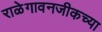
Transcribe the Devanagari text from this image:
राळेगावनजीकच्या